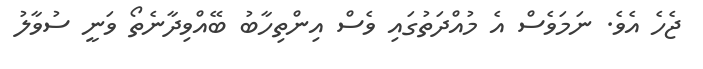
ޖެހެ އެވެ. ނަމަވެސް އެ މުއްދަތުގައި ވެސް އިންތިހާބު ބޭއްވިދާނެތޯ ވަނީ ސުވާލު